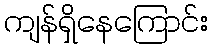
ကျန်ရှိနေကြောင်း